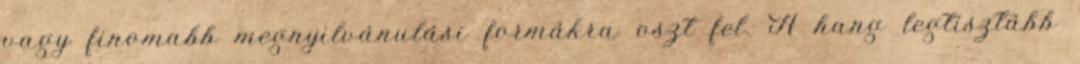
vagy finomabb megnyilvánulási formákra oszt fel. A hang legtisztább